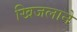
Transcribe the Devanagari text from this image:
खिजलाने